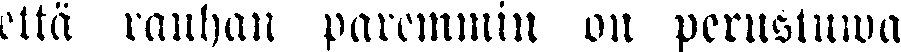
eltä rauhan paremmin on perustuwa